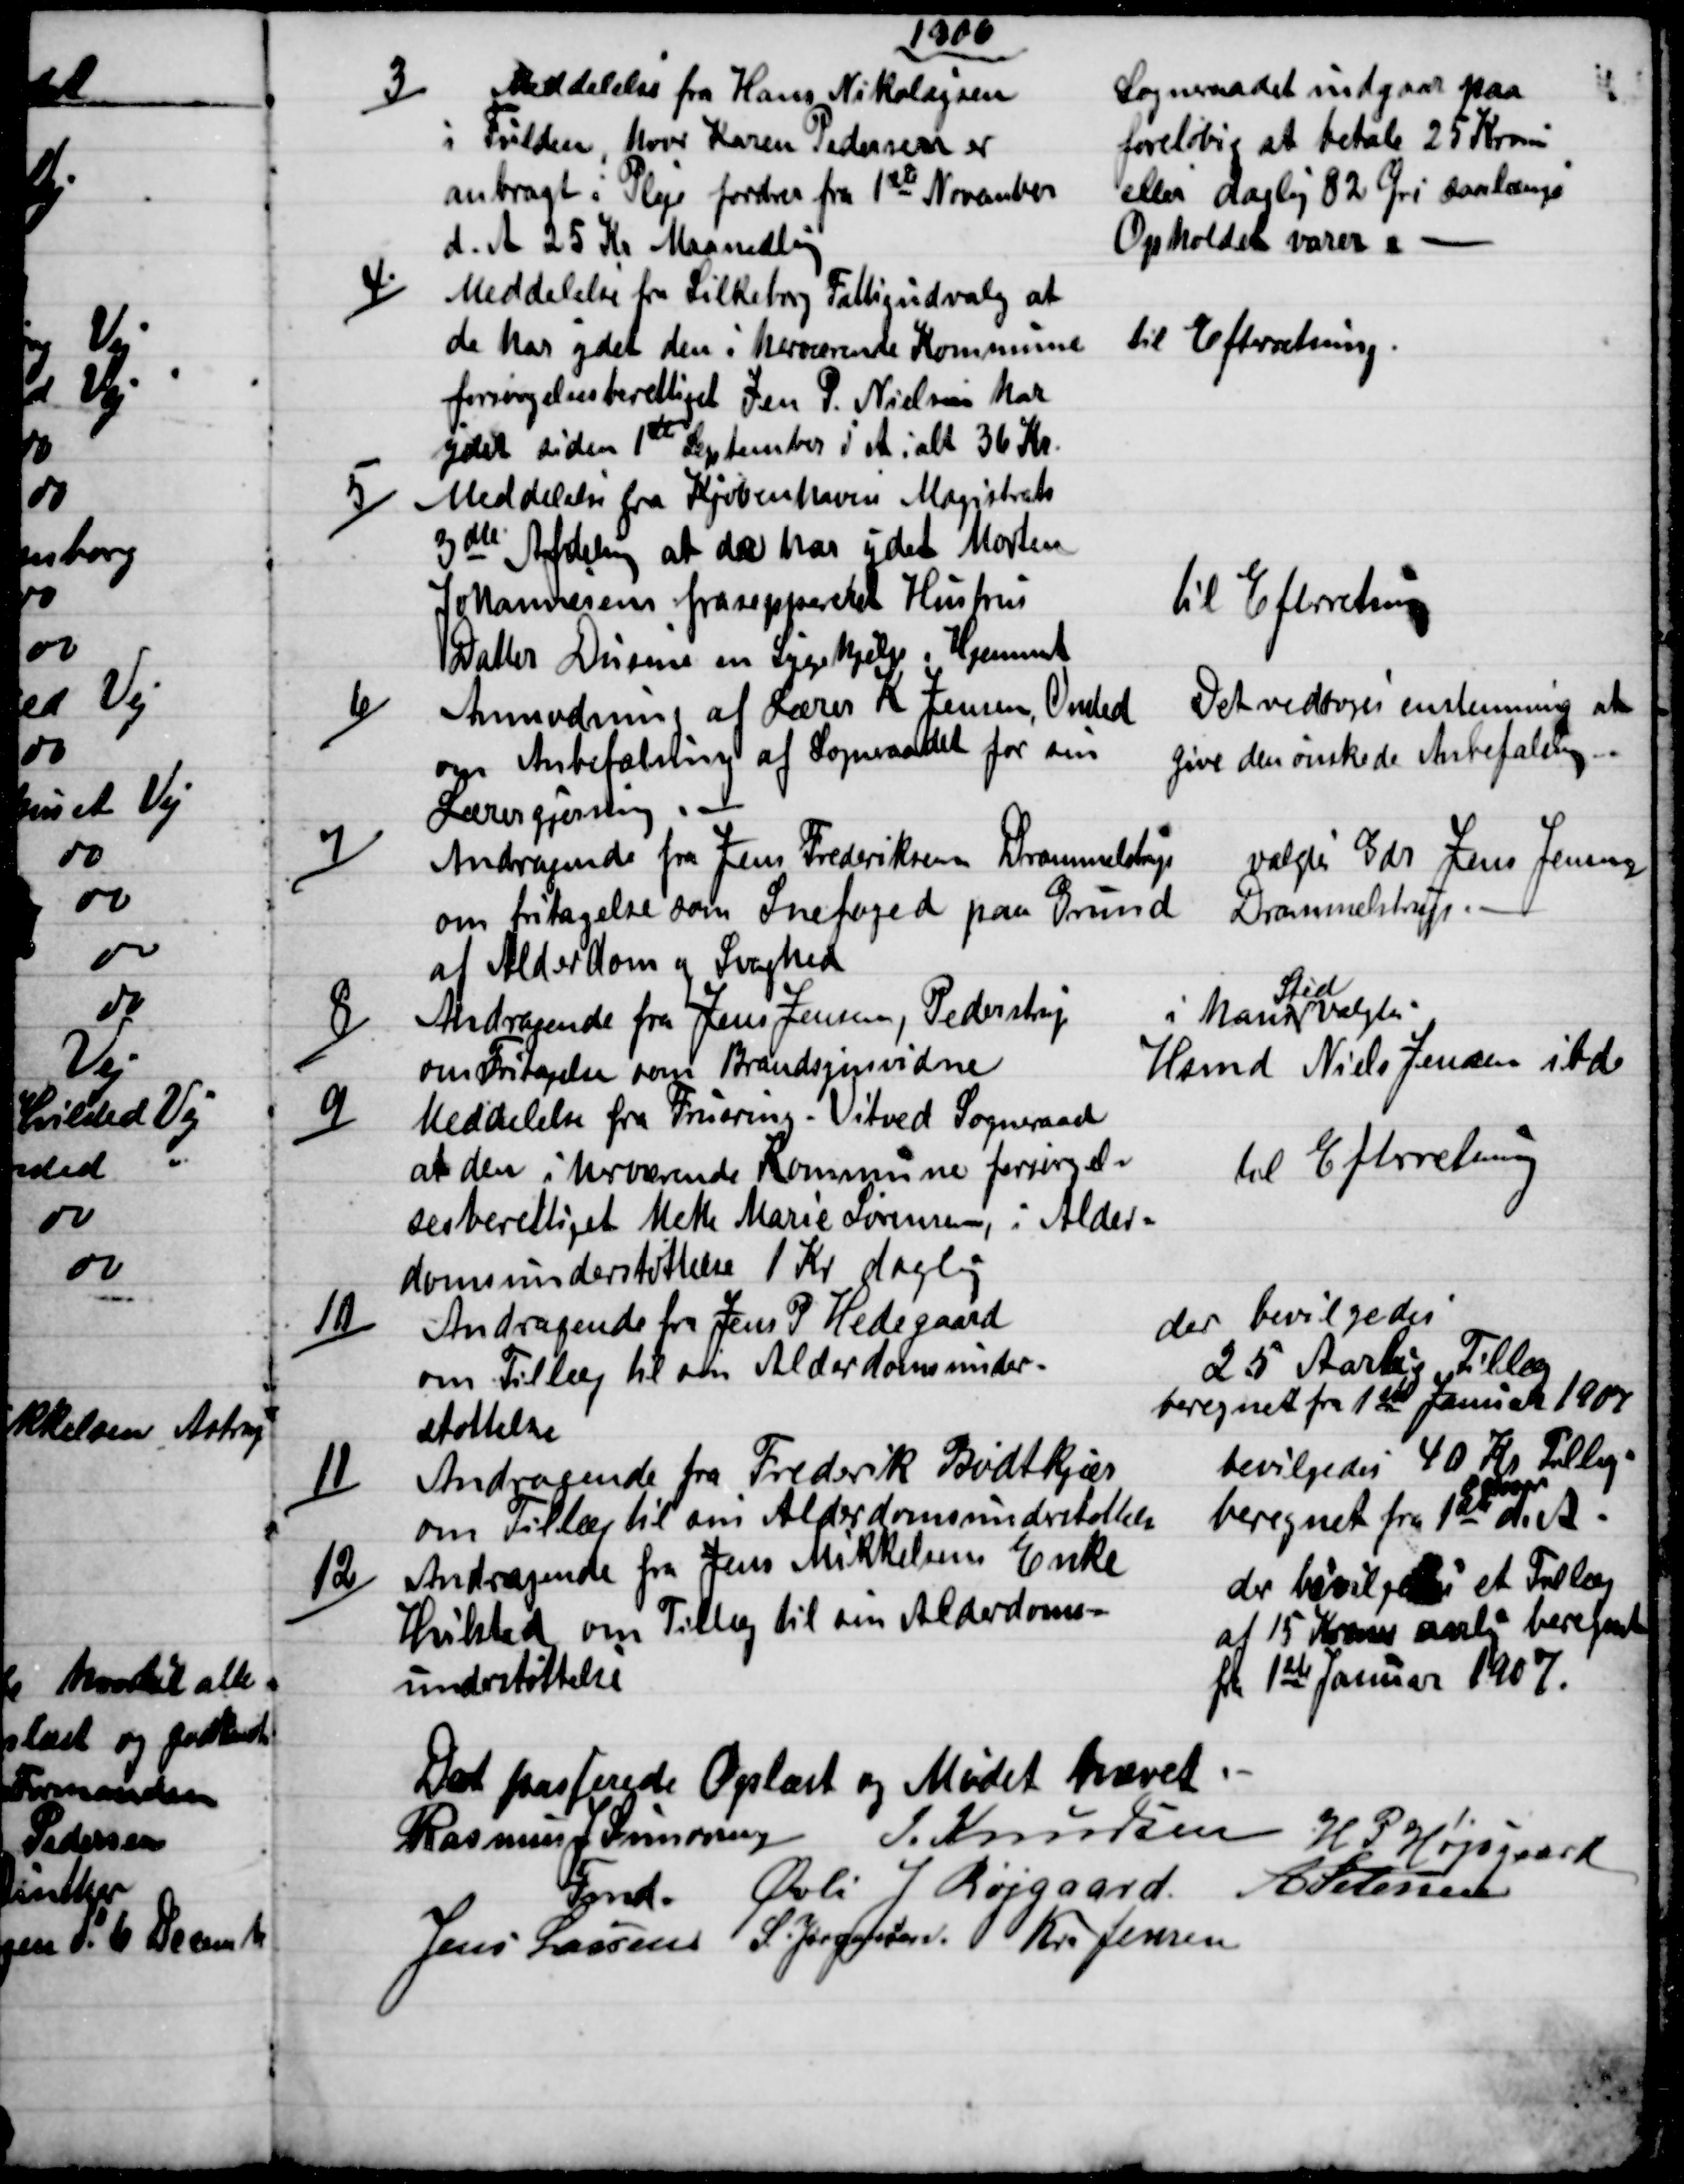
Transskription:
1906
3)
Meddelelse fra Hans Nikolajsen
i Fulden, hvor Karen Pedersen er
anbragt i Pleje fordres fra 1ste November
d. A. 25 Kr Maanedlig
Sogneraadet indgaar paa
foreløbig at betale 25 Kroner
eller daglig 82 Øre saalænge
Opholdet varer
4)
Meddelelse fra Silkeborg Fattigudvalg at
de har ydet den i herværende Kommune
forsørgelsesberettiget Jen P. Nielsen har
ydet siden 1ste September d A i alt 36 Kr.
til Efterretning.
5)
Meddelelse fra Kjøbenhavns Magistrats
3die Afdeling at de har ydet Morten
Johannesens fraseppereret Hustrus
Datter Dusine en Sygehjelp i Hjemmet
Til Efterretning
6)
Anmodning af Lærer K Jensen, Onsted
om Anbefaleling af Sogneraadet for sin
Lærergjerning
Det vedtoges enstemmig at
give den ønskede Anbefaling.
7)
Andragende fra Jens Frederiksen Drammelstrup 
om fritagelse som Snefoged paa Grund 
at Alderdom og Svaghed
 valgtes Gdr Jens Jensen
Drammelstrup.
8)
Andragende fra Jens Jensen, Pederstrup
om Fritagelse som Brandsynsvidne
i hans 
Sted
valgtes
Hsmd Niels Jensen ibd
9)
Meddelelse fra Fruering-Vitved Sogneraad
at den i herværende Kommune forsørgel=
sesberettiget Mette Marie Sørensen, i Alder=
domsunderstøttelse 1 Kr daglig
Til Efterretning
10)
Andragende fra Jens P Hedegaard
om Tillæg til sin Alderdomsunder=
støttelse
der bevilgedes
25 Aarlig Tillæg
beregnet fra 1ste Januar 1907
11)
Andragende fra Frederik Bødtkjær
om Tillæg til sin Alderdomsunderstøttelse
bevilgedes 40 Kr Tillæg
beregnet fra 1ste  A.
October
d. A.
12)
Andragende fra Jens Mikkelsens Enke
Hvilsted om Tillæg til sin Alderdoms=
understøttelse
der bevilgedes et Tillæg
af 15 Kroner aarlig beregnet
fra 1ste Januar 1907.
Det passerede Oplæst og Mødet hævet
Rasmus J Simonsen 
Fmd.
J. Knudsen  
H P Højsgaard
Øvli J Røjgaard.
A Petersen
Jens Lassen  S. Jørgensen  Kr. Jensen